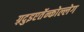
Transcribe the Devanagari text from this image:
ग़्रदुइएर्तेन्कोल्लेग